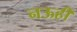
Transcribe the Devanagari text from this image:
नऊही